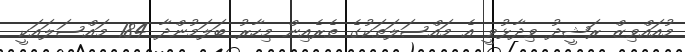
މުއައްވިޒް ރަޝީދު ވިދާޅުވީ އެ މައްސަލަތަކުގެ ތެރެއިން މިހާރު ބަލަމުންދާ 184 މައްސަލައަކީ